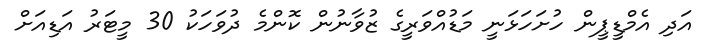
އަދި އެމްޑީޕީން ހުށަހަޅަނީ މަޑުއްވަރީގެ ޒުވާނުން ކޮންމެ ދުވަހަކު 30 މީޓަރު އަޑިއަށް